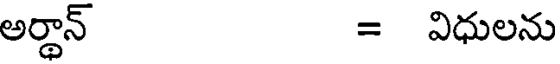
అర్జాన్ = విధులను